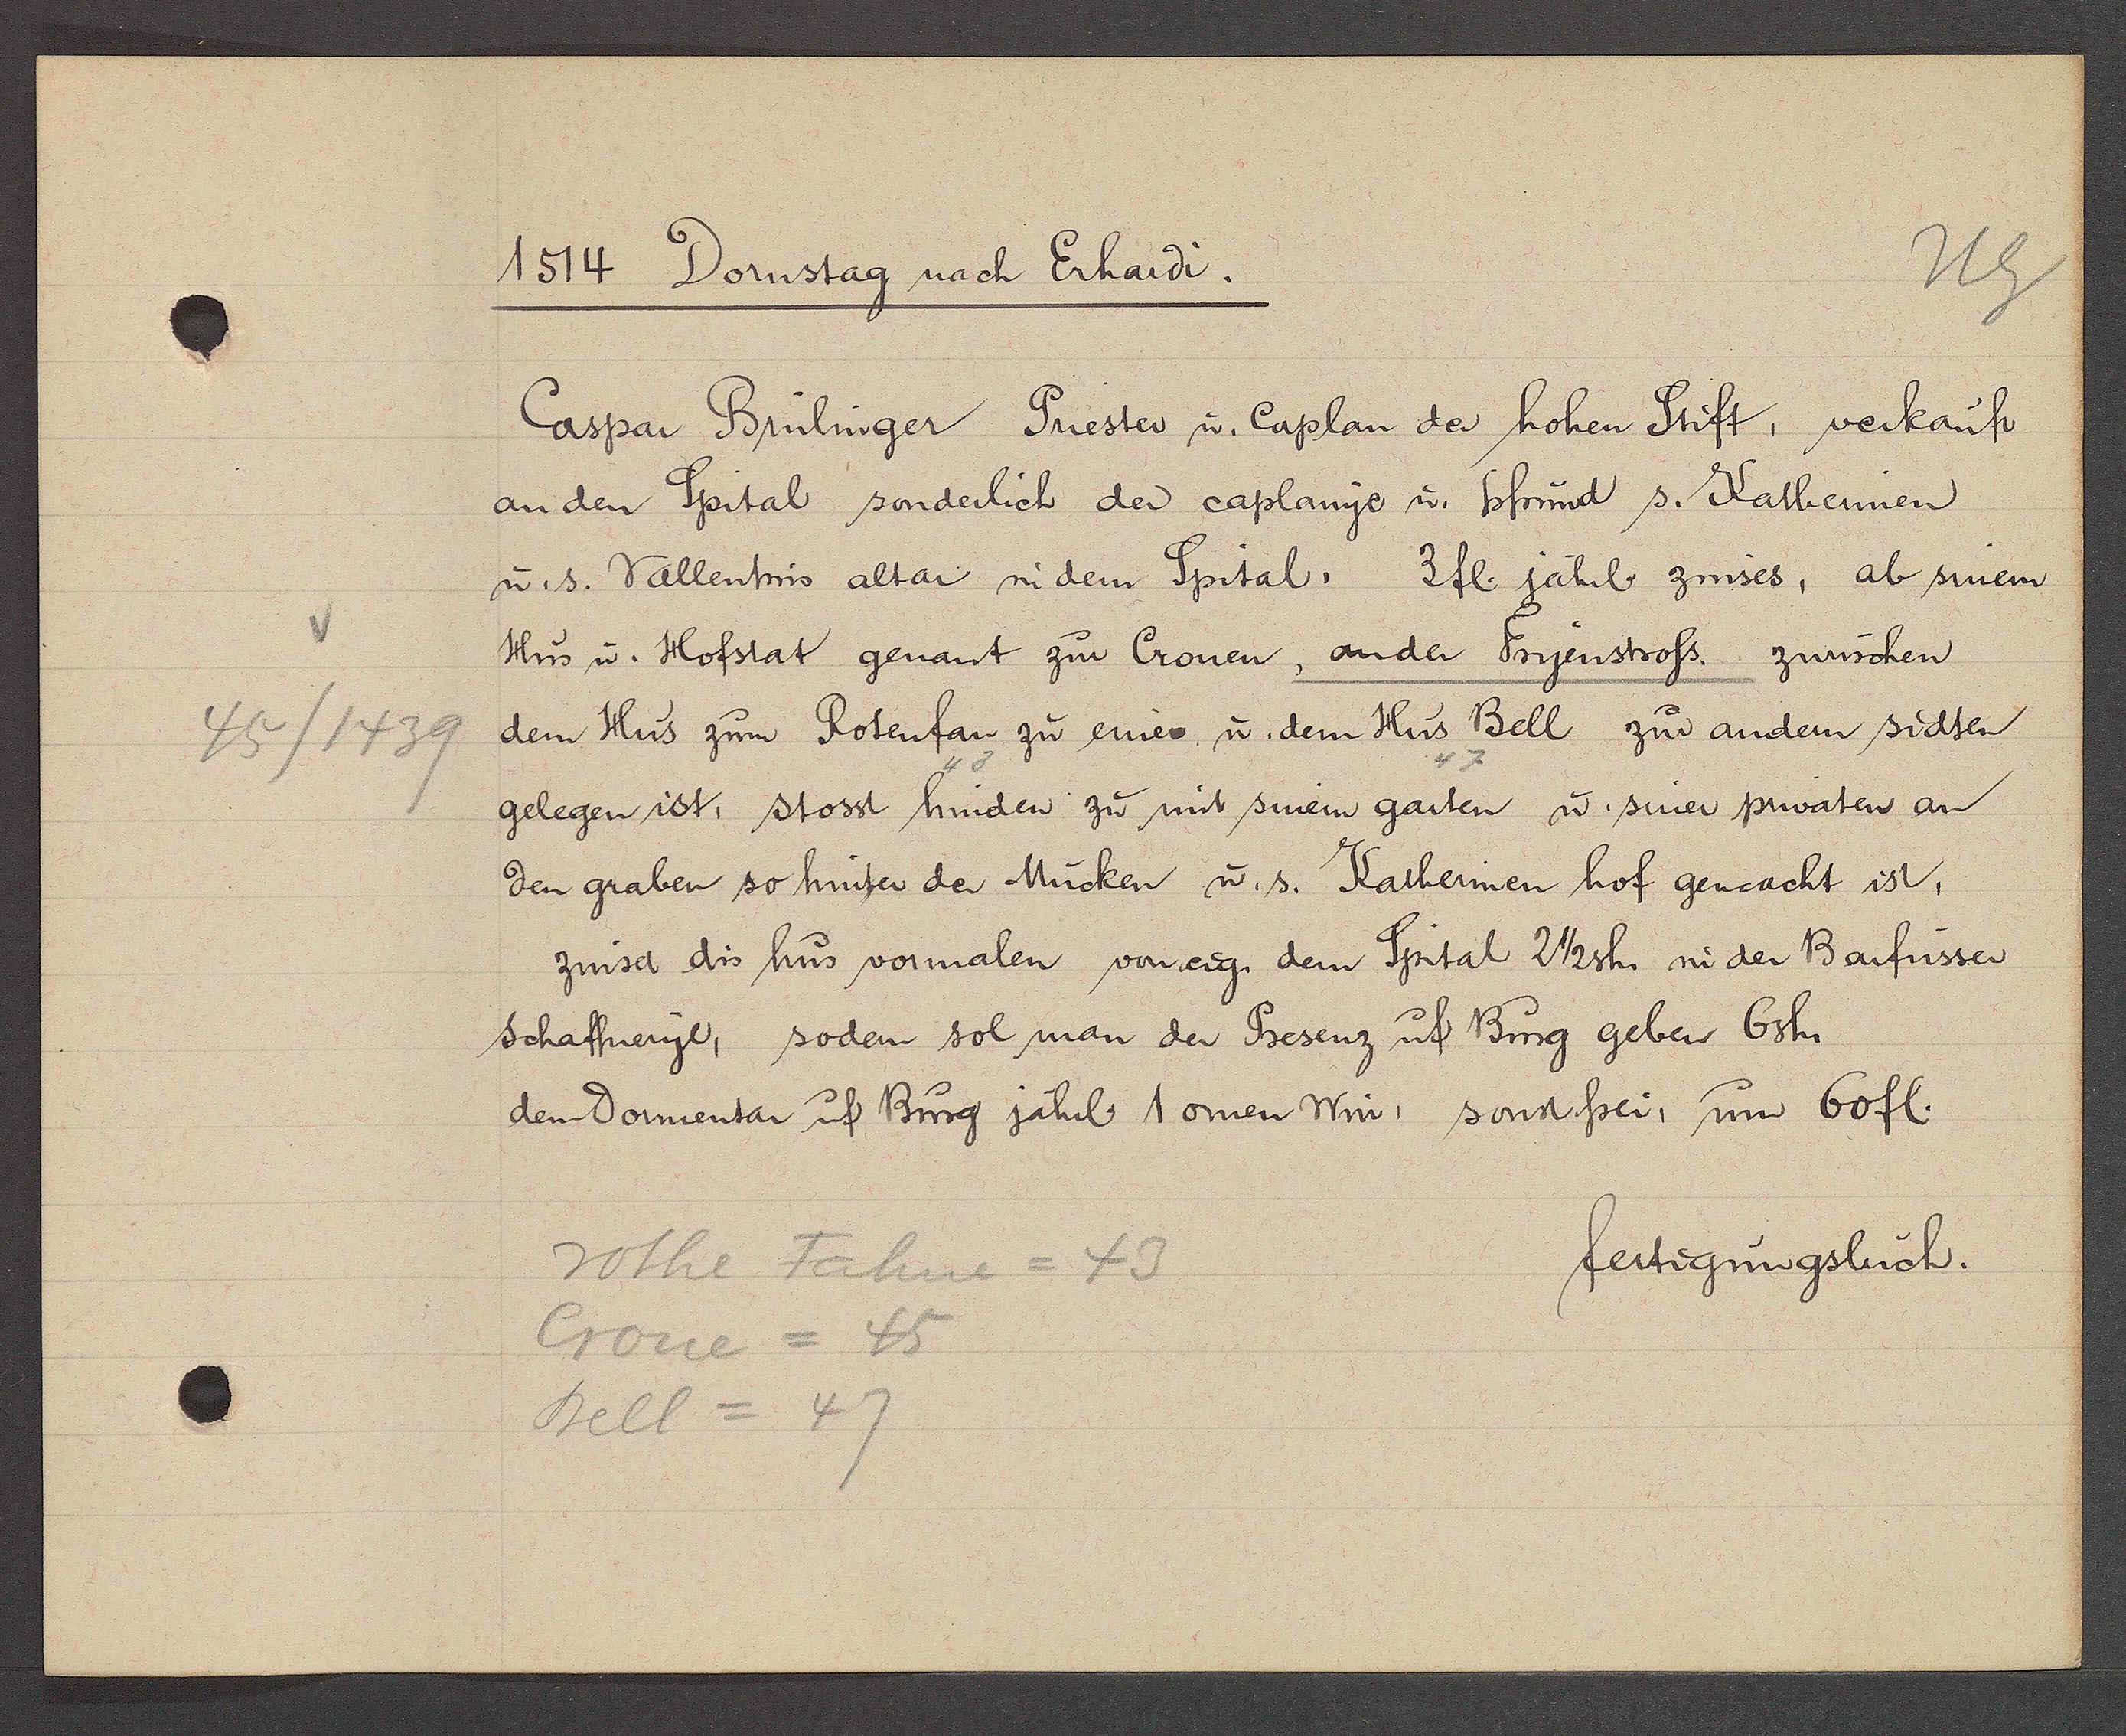
Transcript:
45/1439

1514 Dornstag nach Erhardi.

Caspar Brülinger Priester u. Caplan der hohen Stift, verkauft
an den Spital sonderlich der caplanye u. pfrund s. Katherinen
u. s. Vallentins altar in dem Spital, 3 fl. jährl zinses, ab sinem
Hus u. Hofstat genant zur Cronen, an der Fryenstross, zwüschen
dem Hus zum Rotenfan zu eine u. dem Hus Bell zur andern sidten
gelegen ist, stosst hinden zu mit sinem garten u. siner privaten an
den graben so hinter der Mücken u. s. Katherinen hof gencacht ist,
zinset dis hus vormalen voneig. dem Spital 2 1/2sh. in der Barfüsser
schaffneryl, soden sol man der Presenz uf Burg geben 6 sh.
dem dormentar uf Burg jährl. 1 omen Win, sonstfrei, um 60 fl.

rothe Fahne = 43
Crone = 45
Bell = 47

fertigungsbuch.